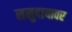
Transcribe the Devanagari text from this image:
समुदायावर